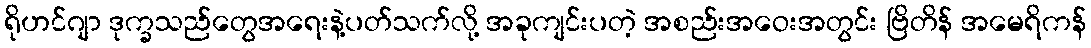
ရိုဟင်ဂျာ ဒုက္ခသည်တွေအရေးနဲ့ပတ်သက်လို့ အခုကျင်းပတဲ့ အစည်းအဝေးအတွင်း ဗြိတိန် အမေရိကန်